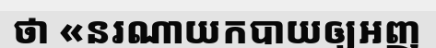
ថា «នរណាយកបាយឲ្យអញ